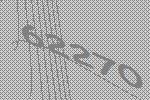
62270